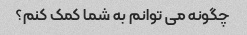
چگونه می توانم به شما کمک کنم؟